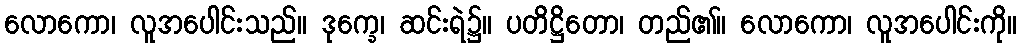
လောကော၊ လူအပေါင်းသည်။ ဒုက္ခေ၊ ဆင်းရဲ၌။ ပတိဋ္ဌိတော၊ တည်၏။ လောကော၊ လူအပေါင်းကို။